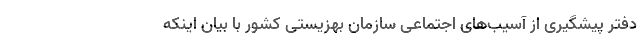
دفتر پیشگیری از آسیب‌های اجتماعی سازمان بهزیستی کشور با بیان اینکه